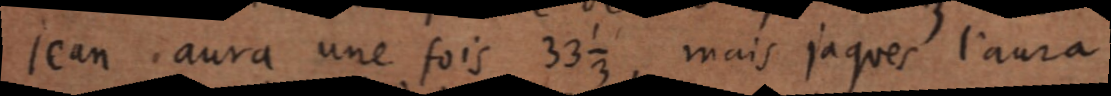
Jean aura une fois 33 ⅓, mais jaques l’aura